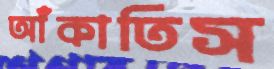
আঁকাতিস